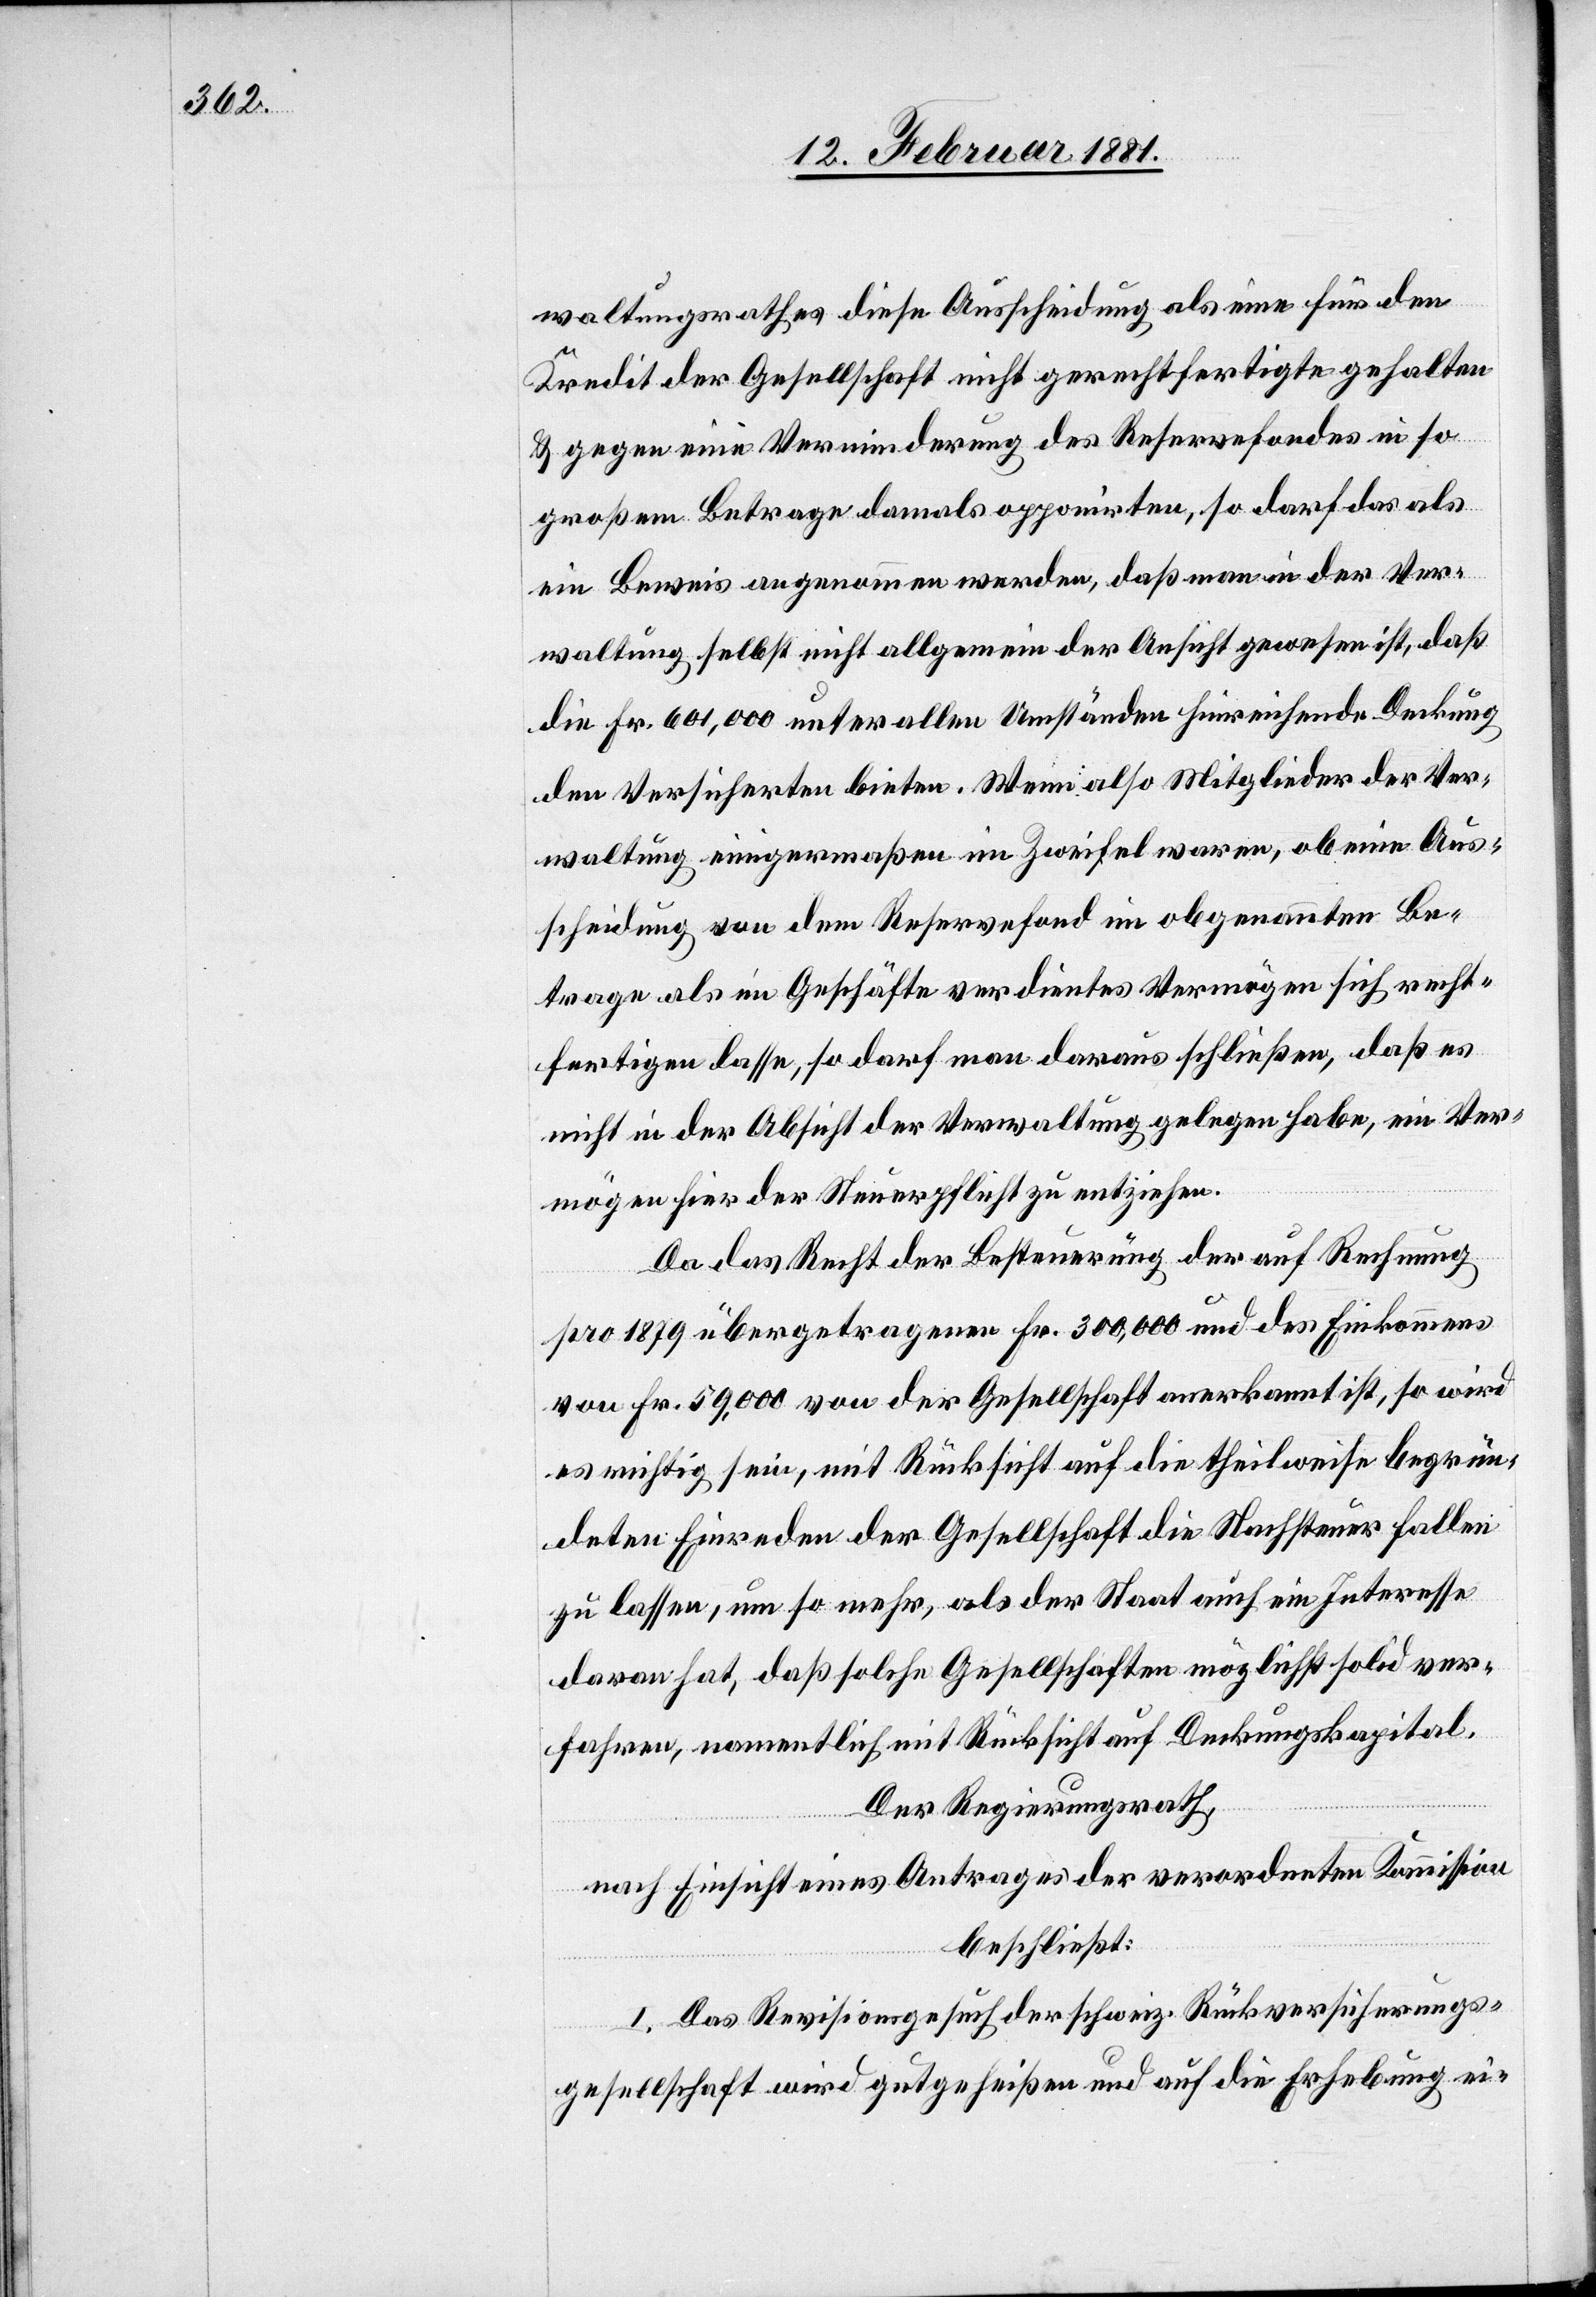
waltungsrathes diese Ausscheidung als eine für den
Kredit der Gesellschaft nicht gerechtfertigte gehalten
& gegen eine Verminderung des Reservefondes in so
großem Betrage damals opponirten, so darf das als
ein Beweis angenommen werden, daß man in der Ver¬
waltung selbst nicht allgemein der Ansicht gewesen ist, daß
die Fr. 601,000 unter allen Umständen hinreichende Deckung
den Versicherten bieten. Wenn also Mitglieder der Ver¬
waltung einigermaßen im Zweifel waren, ob eine Aus¬
scheidung von dem Reservefond im obgenannten Be¬
trage als im Geschäfte verdientes Vermögen sich recht¬
fertigen lasse, so darf man daraus schließen, daß es
nicht in der Absicht der Verwaltung gelegen habe, ein Ver¬
mögen hier der Steuerpflicht zu entziehen.
Da das Recht der Besteuerung der auf Rechnung
pro 1879 übertragenen Fr. 300,000 und des Einkommens
von Fr. 59,000 von der Gesellschaft anerkannt ist, so wird
es richtig sein, mit Rücksicht auf die theilweise begrün¬
deten Einreden der Gesellschaft die Nachsteuer fallen
zu lassen, um so mehr, als der Staat auch ein Interesse
daran hat, daß solche Gesellschaften möglichst solid ver¬
fahren, namentlich mit Rücksicht auf Deckungskapital.
Der Regierungsrath,
nach Einsicht eines Antrages der verordneten Kommission
beschließt:
I. Das Revisionsgesuch der schweiz. Rückversicherungs¬
gesellschaft wird gutgeheißen und auf die Erhebung ei-